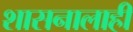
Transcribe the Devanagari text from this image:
शासनालाही